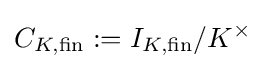
C_{K,{\text{fin}}}:=I_{K,{\text{fin}}}/K^{\times }